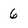
Character: 6